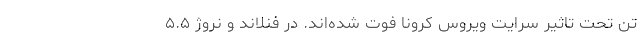
تن تحت تاثیر سرایت ویروس کرونا فوت شده‌اند. در فنلاند و نروژ ۵.۵